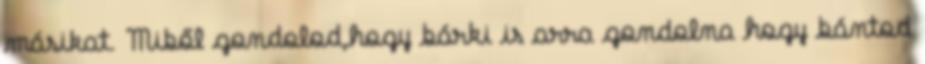
másikat. Miből gondolod,hogy bárki is arra gondolna hogy bántod